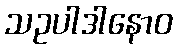
သဥပါဒါနောဝ